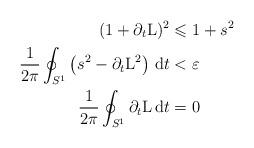
LaTeX: \begin{align*}(1+\partial_t\mathrm L)^2 & \leqslant 1+s^2\\\frac{1}{2\pi}\oint_{S^1}\left(s^2-\partial_t\mathrm L^2\right)\,\mathrm dt & <\varepsilon\\\frac{1}{2\pi}\oint_{S^1}\partial_t\mathrm L\,\mathrm dt & = 0\end{align*}